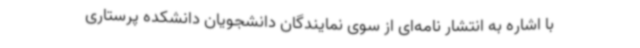
با اشاره به انتشار نامه‌ای از سوی نمایندگان دانشجویان دانشکده پرستاری